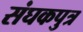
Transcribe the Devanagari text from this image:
संघकपुत्र